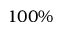
1 0 0 \%